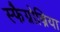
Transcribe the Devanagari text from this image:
स्फैग्नोब्रिया